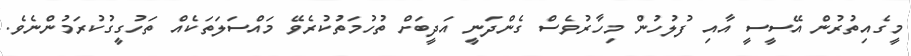
މީގެއިތުރުން އޭސީސީ އާއި ފުލުހުން މިހާރުވެސް ގެންދަނީ އަދީބަށް ތުހުމަތުކުރެވޭ މައްސަލަތަކެއް ތަހުގީގުކުރަމުންނެވެ.